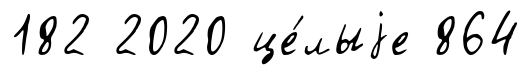
182 2020 це́лыjе 864